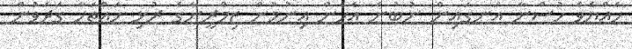
ހެއްޔެވެ ހުސްނާ އަނގައިން ނުބުނެ އެހެން އިނުމުން ޒިމްރީނާގެ ރުޅި ހައްތަހާ ގަދަވުން